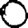
Digit: 0